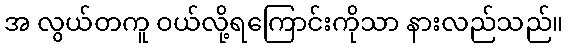
အ လွယ်တကူ ဝယ်လို့ရကြောင်းကိုသာ နားလည်သည်။